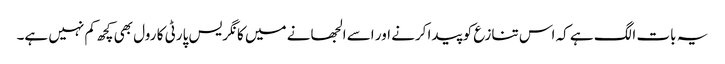
یہ بات الگ ہے کہ اس تنازع کو پیدا کرنے اور اسے الجھانے میں کانگریس پارٹی کا رول بھی کچھ کم نہیں ہے۔